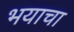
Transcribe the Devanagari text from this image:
भयाचा